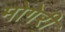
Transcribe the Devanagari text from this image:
मोगेरी